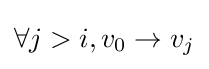
\forall j>i,v_{0}\rightarrow v_{j}